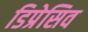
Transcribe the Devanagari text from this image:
डिप्रेसिव